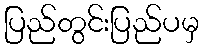
ပြည်တွင်းပြည်ပမှ